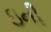
ઇની